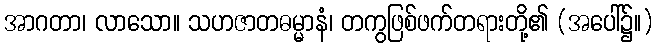
အာဂတာ၊ လာသော။ သဟဇာတဓမ္မာနံ၊ တကွဖြစ်ဖက်တရားတို့၏ (အပေါ်၌။)